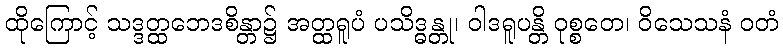
ထိုကြောင့် သဒ္ဒတ္ထဘေဒစိန္တာ၌ အတ္ထရူပံ ပသိဒ္ဓန္တု၊ ဝါဒရူပန္တိ ဝုစ္စတေ၊ ဝိသေသနံ ဝတံ